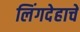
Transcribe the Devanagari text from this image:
लिंगदेहाचें